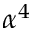
\alpha ^ { 4 }